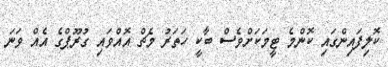
ކޮލިފައިންގައި ކޮންމެ ޓީމަކަށްވެސް ބާކީ ހަތަރު މެޗް އޮއްވައި ގުރޫޕްގެ އެއް ވަނަ